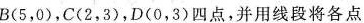
B(5，0)，C(2，3)，D(0，3)四点，并用线段将各点